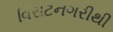
વિરાટનગરીથી